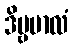
ဒိဗ္ဗမာလံ